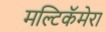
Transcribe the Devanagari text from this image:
मल्टिकॅमेरा